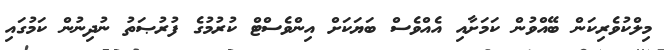
މިލްކުވެރިކަން ބޭއްވުން ކަމަށާއި އެއްވެސް ބަޔަކަށް އިންވެސްޓް ކުރުމުގެ ފުރުޞަތު ނުދިނުން ކަމުގައި